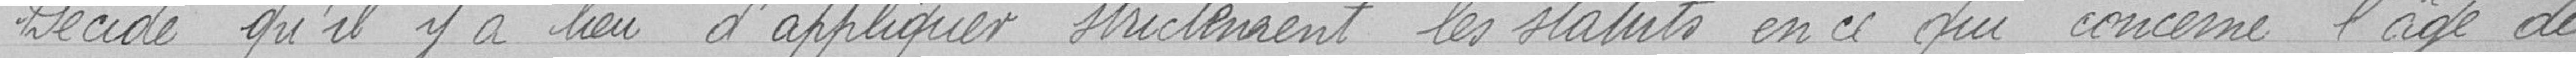
Décide qu'il y a lieu d'appliquer strictement les statuts en ce qui concerne l'age des